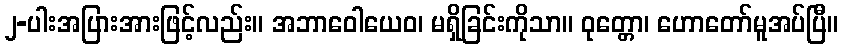
၂-ပါးအပြားအားဖြင့်လည်း။ အဘာဝေါယေဝ၊ မရှိခြင်းကိုသာ။ ဝုတ္တော၊ ဟောတော်မူအပ်ပြီ။